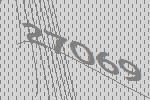
27069